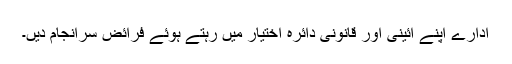
ادارے اپنے آئینی اور قانونی دائرہ اختیار میں رہتے ہوئے فرائض سرانجام دیں۔